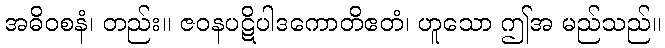
အဓိဝစနံ၊ တည်း။ ဇဝနပဋိပါဒကောတိဧတံ၊ ဟူသော ဤအ မည်သည်။